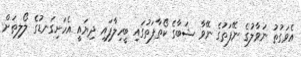
އެވަގުތު ނަވާލުގެ ނޭފަތުގެ ނޭވާ ޝަބާގެ ކޯތާފަތުގައި ބީހިލާފައި ދިޔައީ އެހަށިގަނޑުގެ ލޯލިތަށް